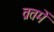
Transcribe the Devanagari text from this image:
व्रतमें